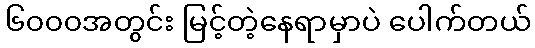
၆၀၀၀အတွင်း မြင့်တဲ့နေရာမှာပဲ ပေါက်တယ်